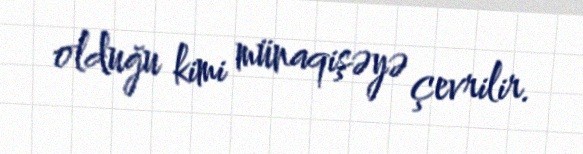
olduğu kimi münaqişəyə çevrilir.